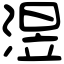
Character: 𣸭